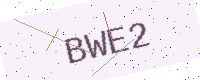
Text: BWE2